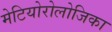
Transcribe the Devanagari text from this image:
मेटियोरोलोजिका